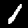
Digit: 1